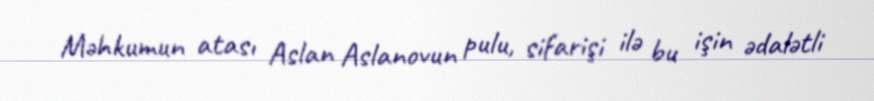
Məhkumun atası Aslan Aslanovun pulu, sifarişi ilə bu işin ədalətli